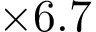
\times 6 . 7